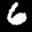
Label: 6